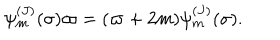
LaTeX: \psi _ { m } ^ { ( J ) } ( \sigma ) \varpi = ( \varpi + 2 m ) \psi _ { m } ^ { ( J ) } ( \sigma ) .